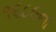
૧૬૮૯ના